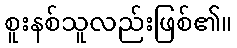
စူးနစ်သူလည်းဖြစ်၏။